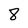
Character: 8